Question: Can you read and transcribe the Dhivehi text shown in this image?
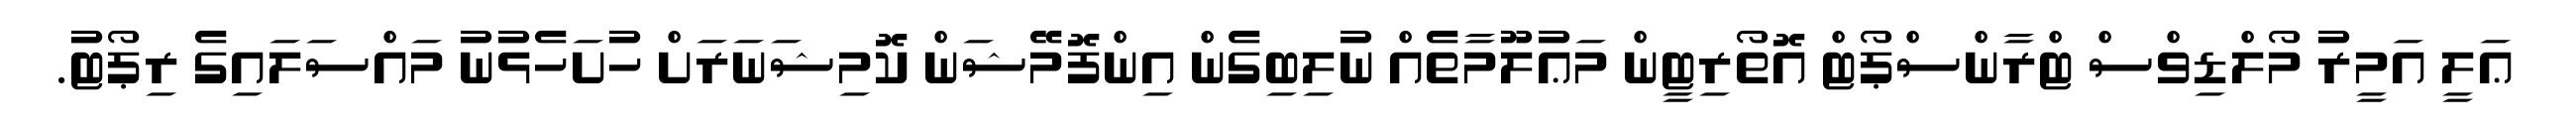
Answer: ޢަލީ އަމީރު މޯލްޑިވްސް ޓްރާންސްޕޯޓް އޮތޯރިޓީން މަޢުލޫމާތެއް ނުލިބިގެން އިންފޮމޭޝަން ކޮމިޝަނަރަށް ހުށަހެޅުނު މައްސަލައިގެ ރިޕޯޓު.